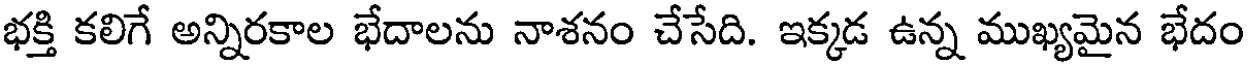
భక్తి కలిగే అన్నిరకాల భేదాలను నాశనం చేసేది. ఇక్కడ ఉన్న ముఖ్యమైన భేదం